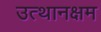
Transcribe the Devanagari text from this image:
उत्थानक्षम